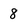
Character: 8